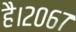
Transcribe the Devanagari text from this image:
है।२०६७